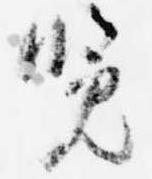
覧